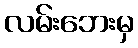
လမ်းဘေးမှ